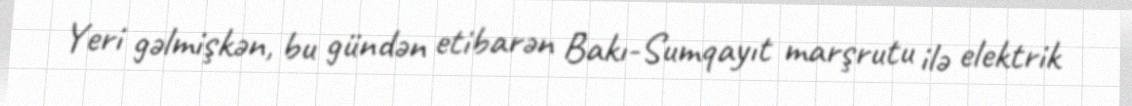
Yeri gəlmişkən, bu gündən etibarən Bakı-Sumqayıt marşrutu ilə elektrik